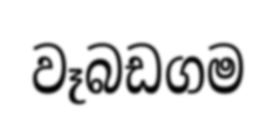
වෑබඩගම